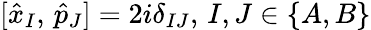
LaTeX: [\hat{x}_{I},\, \hat{p}_{J}]=2i\delta_{IJ},\, I,J\in\{ A,B\}